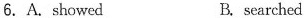
6.A.showed B.searched